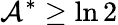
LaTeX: \mathcal{A}^{\ast}\geq\ln 2